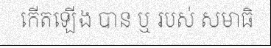
កើតឡើង បាន ឬ របស់ សមាធិ